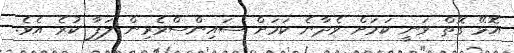
އޮޅޭ ގޮތް ވަނީ ކަމަށް ވެދާނެ ކަމަށް ސައިންސްވެރިން ލަފާ ކުރެ އެވެ.